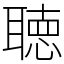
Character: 聴